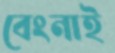
বেংনাই